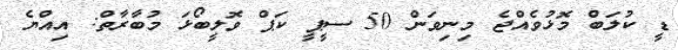
ޑީ ކުލަބް މޮޅުވެއްޖެ މިނިވަން 50 ސީޕީ ކަޕް ވޮލީބޯޅަ މުބާރާތް: އިއްޔެ